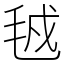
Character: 㲓